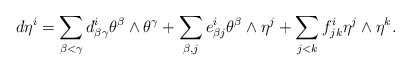
\begin{align*}d\eta^i&=\sum_{\beta < \gamma} d_{\beta \gamma}^i \theta^{\beta} \wedge \theta^{\gamma} + \sum_{\beta, j} e_{\beta j}^i \theta^{\beta} \wedge \eta^j+ \sum_{j <k}f_{jk}^i \eta^j \wedge \eta^k. \end{align*}